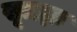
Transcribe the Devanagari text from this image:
सूत्रज्ञः